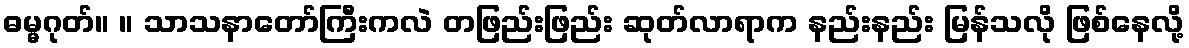
ဓမ္မဂုတ်။ ။ သာသနာတော်ကြီးကလဲ တဖြည်းဖြည်း ဆုတ်လာရာက နည်းနည်း မြန်သလို ဖြစ်နေလို့